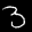
Label: 3